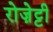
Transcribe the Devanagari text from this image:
रोज़ेट्टी